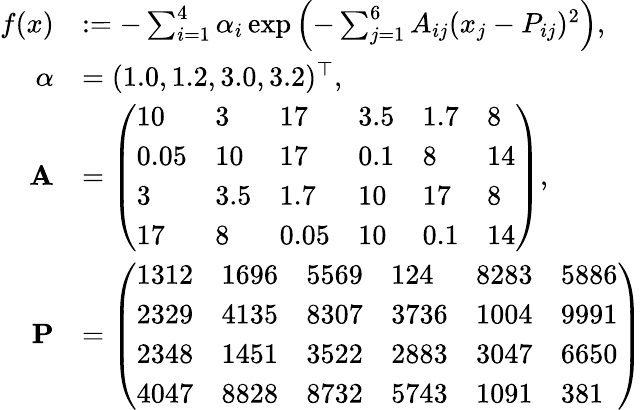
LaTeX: \begin{array}{rl}{f(x)}&{:=-\sum_{i=1}^{4}\alpha_{i}\exp\left(-\sum_{j=1}^{6}A_{ij}(x_{j}-P_{ij})^{2}\right),}\\ {\alpha}&{=(1.0,1.2,3.0,3.2)^{\top},}\\ {\textbf{A}}&{=\left(\begin{array}{llllll}{10}&{3}&{17}&{3.5}&{1.7}&{8}\\ {0.05}&{10}&{17}&{0.1}&{8}&{14}\\ {3}&{3.5}&{1.7}&{10}&{17}&{8}\\ {17}&{8}&{0.05}&{10}&{0.1}&{14}\end{array}\right),}\\ {\textbf{P}}&{=\left(\begin{array}{llllll}{1312}&{1696}&{5569}&{124}&{8283}&{5886}\\ {2329}&{4135}&{8307}&{3736}&{1004}&{9991}\\ {2348}&{1451}&{3522}&{2883}&{3047}&{6650}\\ {4047}&{8828}&{8732}&{5743}&{1091}&{381}\end{array}\right)}\end{array}